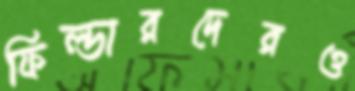
ফিল্ডারদেরও